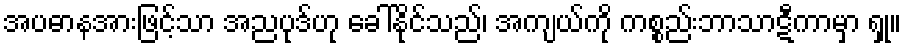
အပဓာနအားဖြင့်သာ အညပုဒ်ဟု ခေါ်နိုင်သည်၊ အကျယ်ကို ကစ္စည်းဘာသာဋီကာမှာ ရှု။